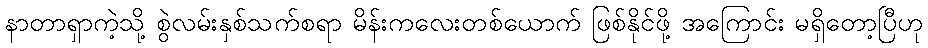
နာတာရှာကဲ့သို့ စွဲလမ်းနှစ်သက်စရာ မိန်းကလေးတစ်ယောက် ဖြစ်နိုင်ဖို့ အကြောင်း မရှိတော့ပြီဟု